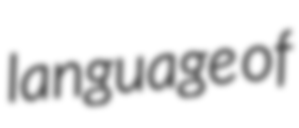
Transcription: language of